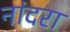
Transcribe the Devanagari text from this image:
नांदरा